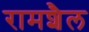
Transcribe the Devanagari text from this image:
रामशैल